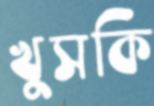
খুসকি